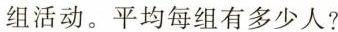
组活动。平均每组有多少人?